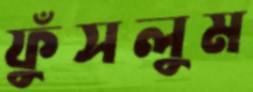
ফুঁসলুম